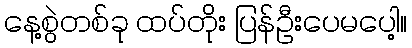
နေ့စွဲတစ်ခု ထပ်တိုး ပြန်ဦးပေမပေါ့။